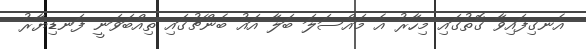
އެނގިފައިވާ ގޮތުގައި މިހާރު އެ މައްސަލަ ބަލާ އައު ބެންޗުގައި ތިއްބަވަނީ ފަނޑިޔާރު